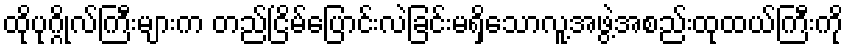
ထိုပုဂ္ဂိုလ်ကြီးများက တည်ငြိမ်ပြောင်းလဲခြင်းမရှိသောလူ့အဖွဲ့အစည်းထုထယ်ကြီးကို